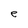
Character: e